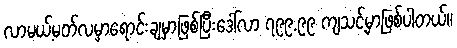
လာမယ့်မတ်လမှာရောင်းချမှာဖြစ်ပြီးဒေါ်လာ ၇၉၉.၉၉ ကျသင့်မှာဖြစ်ပါတယ်။